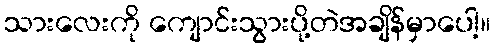
သားလေးကို ကျောင်းသွားပို့တဲအချိန်မှာပေါ့။